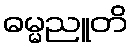
ဓမ္မညူတိ